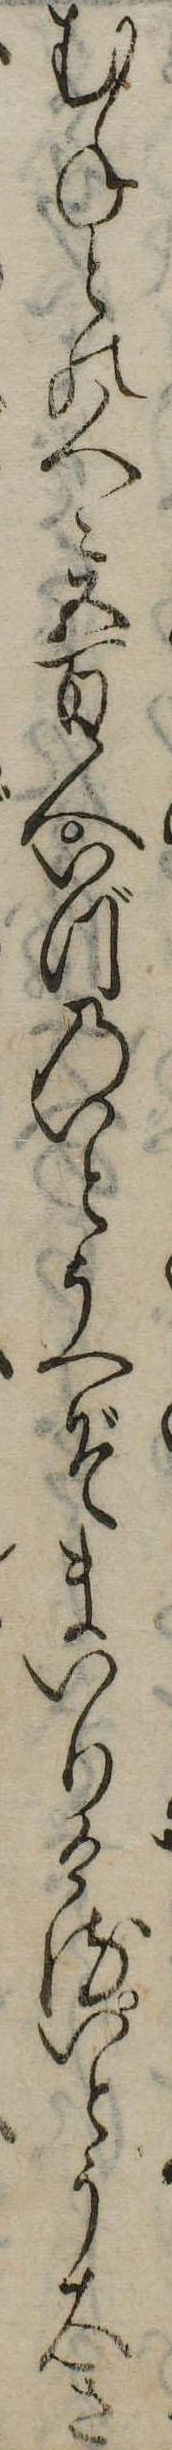
むねとの人々五百人いづのいとうへぞまいりけるいとう大き